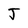
Character: J